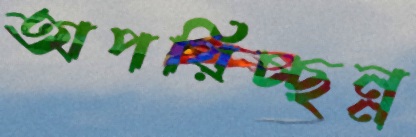
অপরিচ্ছন্ন